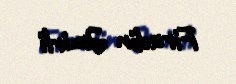
Firudin Əmirli